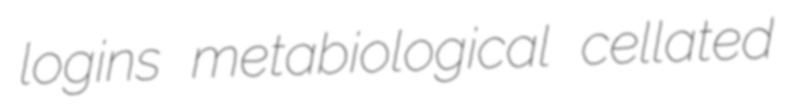
logins metabiological cellated